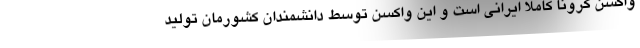
واکسن کرونا کاملا ایرانی است و این واکسن توسط دانشمندان کشورمان تولید